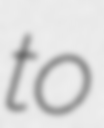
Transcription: to